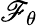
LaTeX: \mathscr{F}_{\theta}